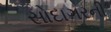
સોદાગરની